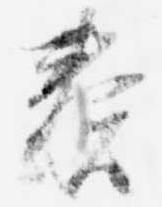
奏